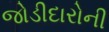
જોડીદારોની